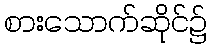
စားသောက်ဆိုင်၌